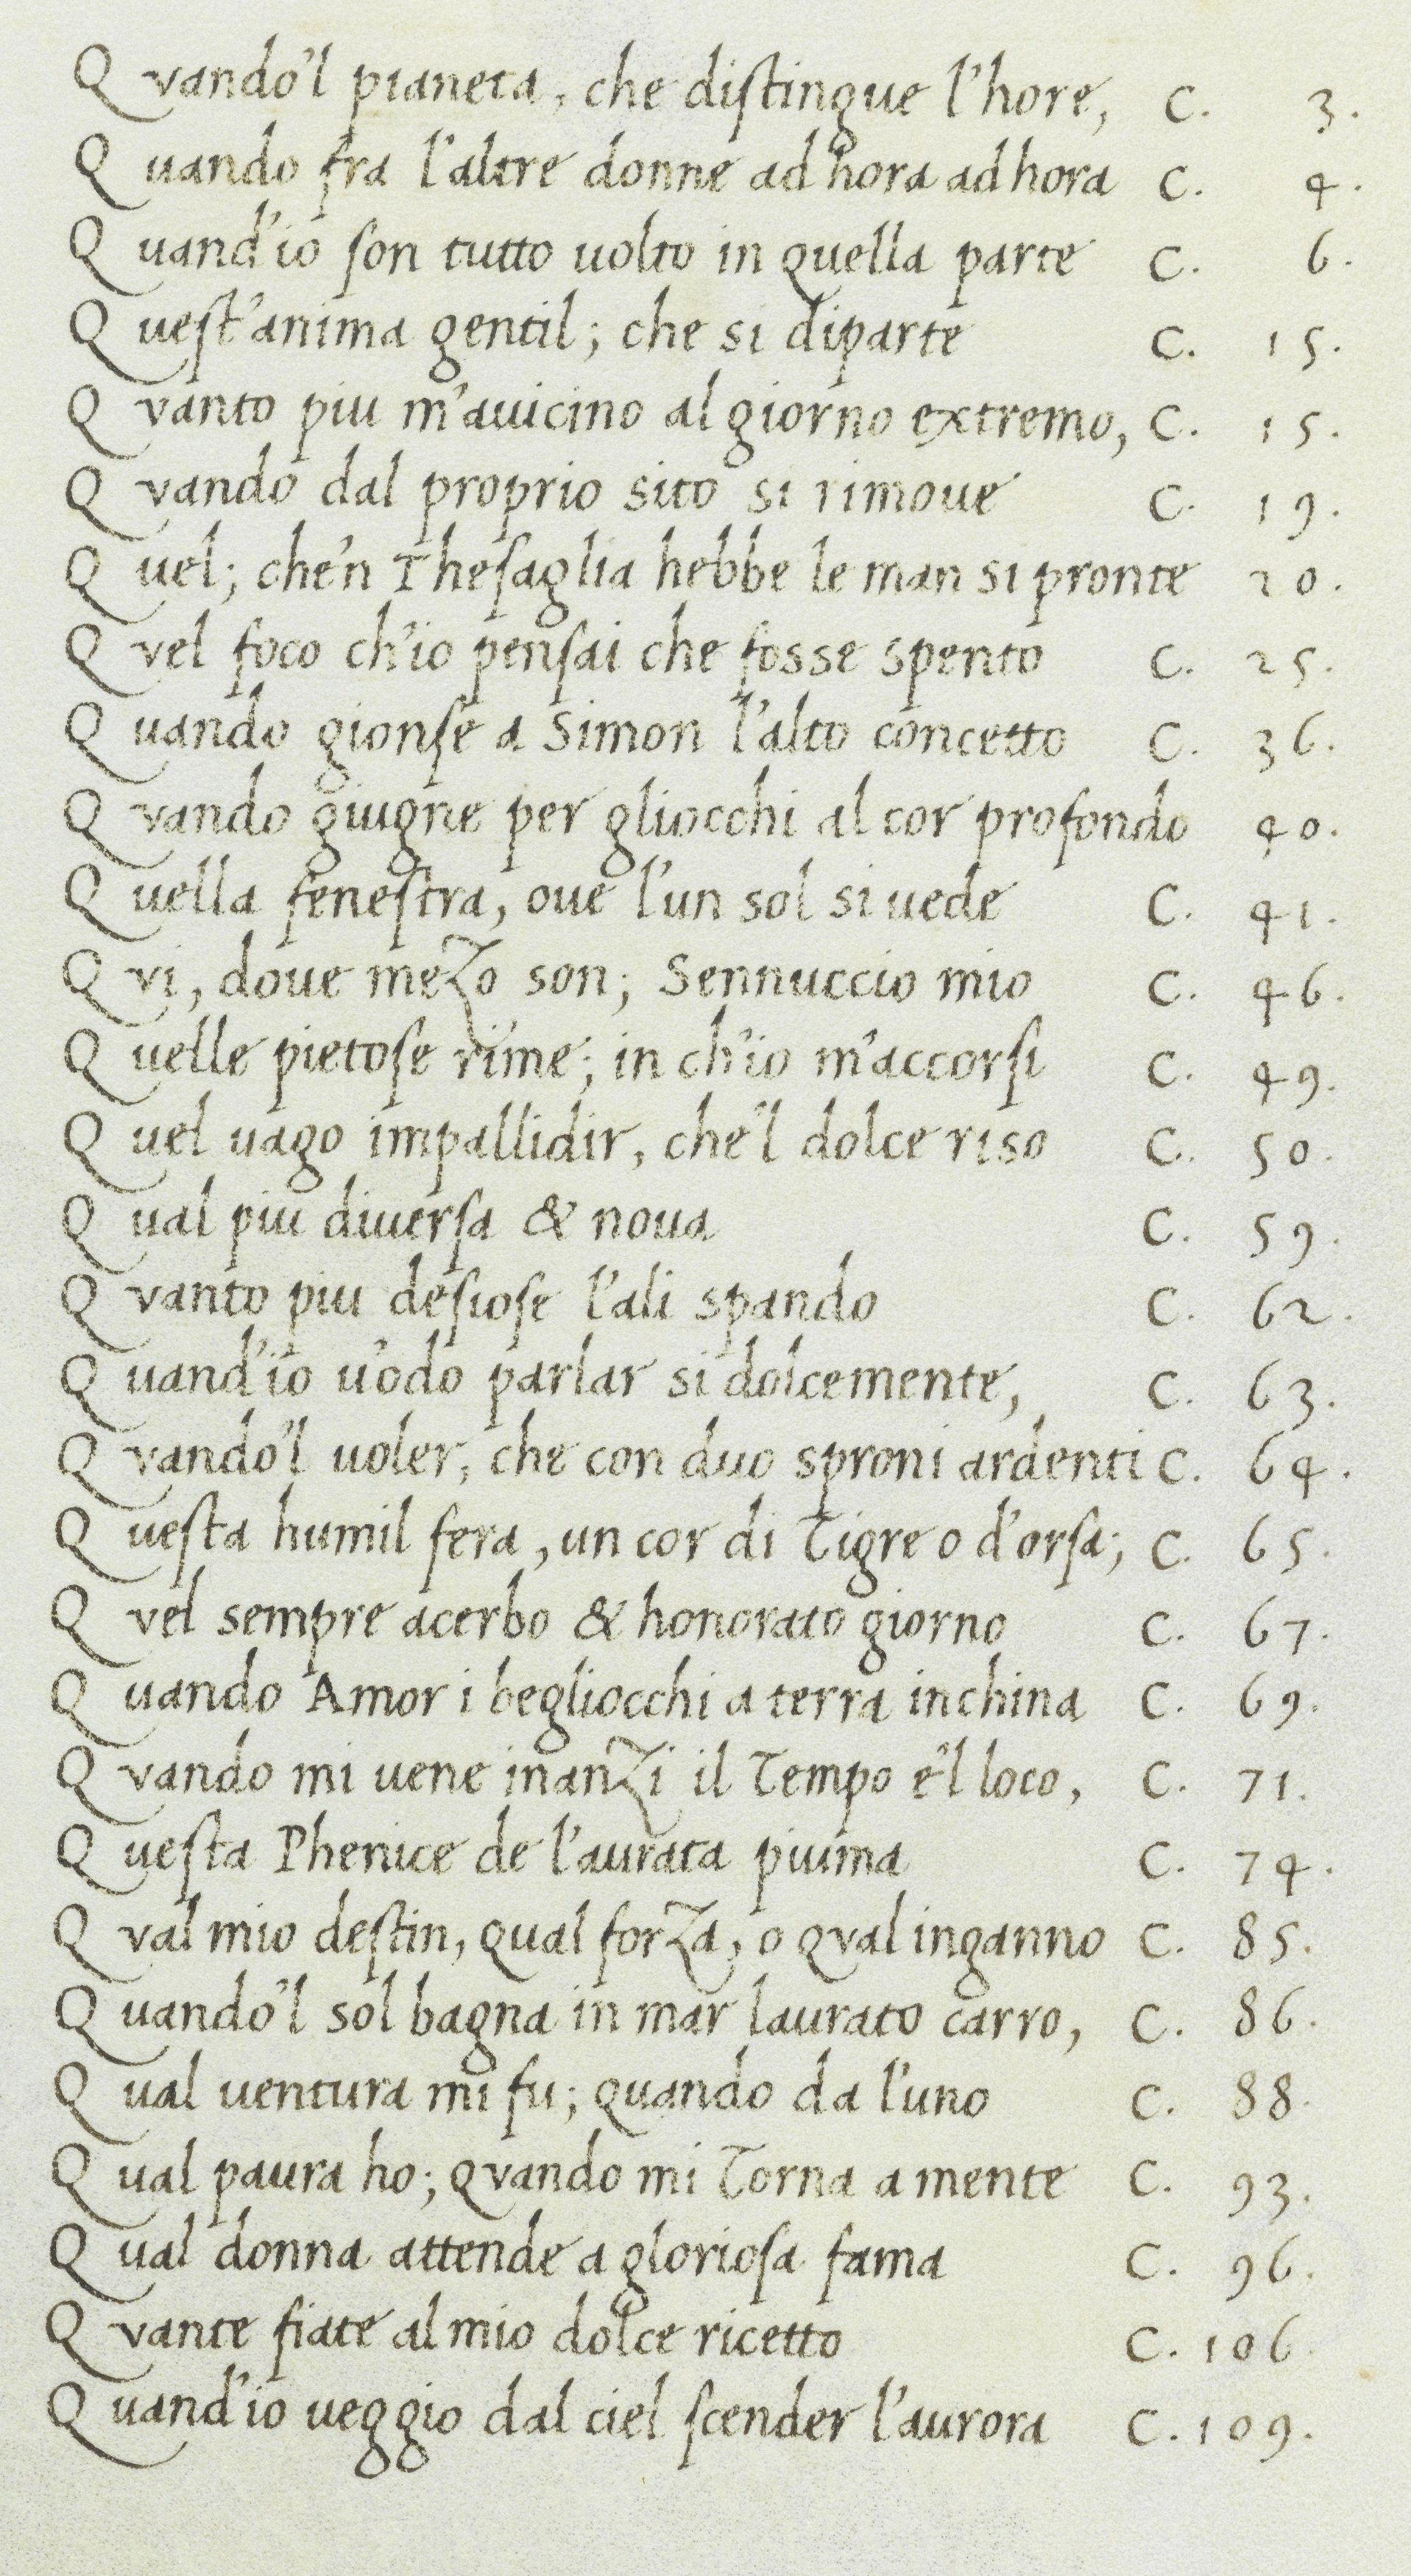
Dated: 1400–1499